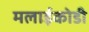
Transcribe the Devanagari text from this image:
मलाईकोडी